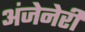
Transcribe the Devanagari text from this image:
अंजेनेरी